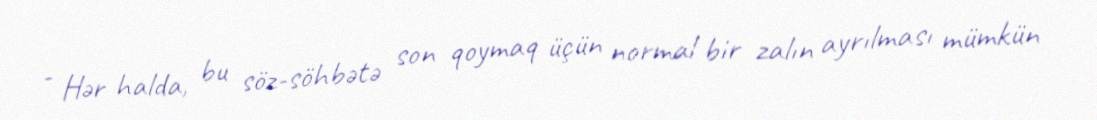
- Hər halda, bu söz-söhbətə son qoymaq üçün normal bir zalın ayrılması mümkün